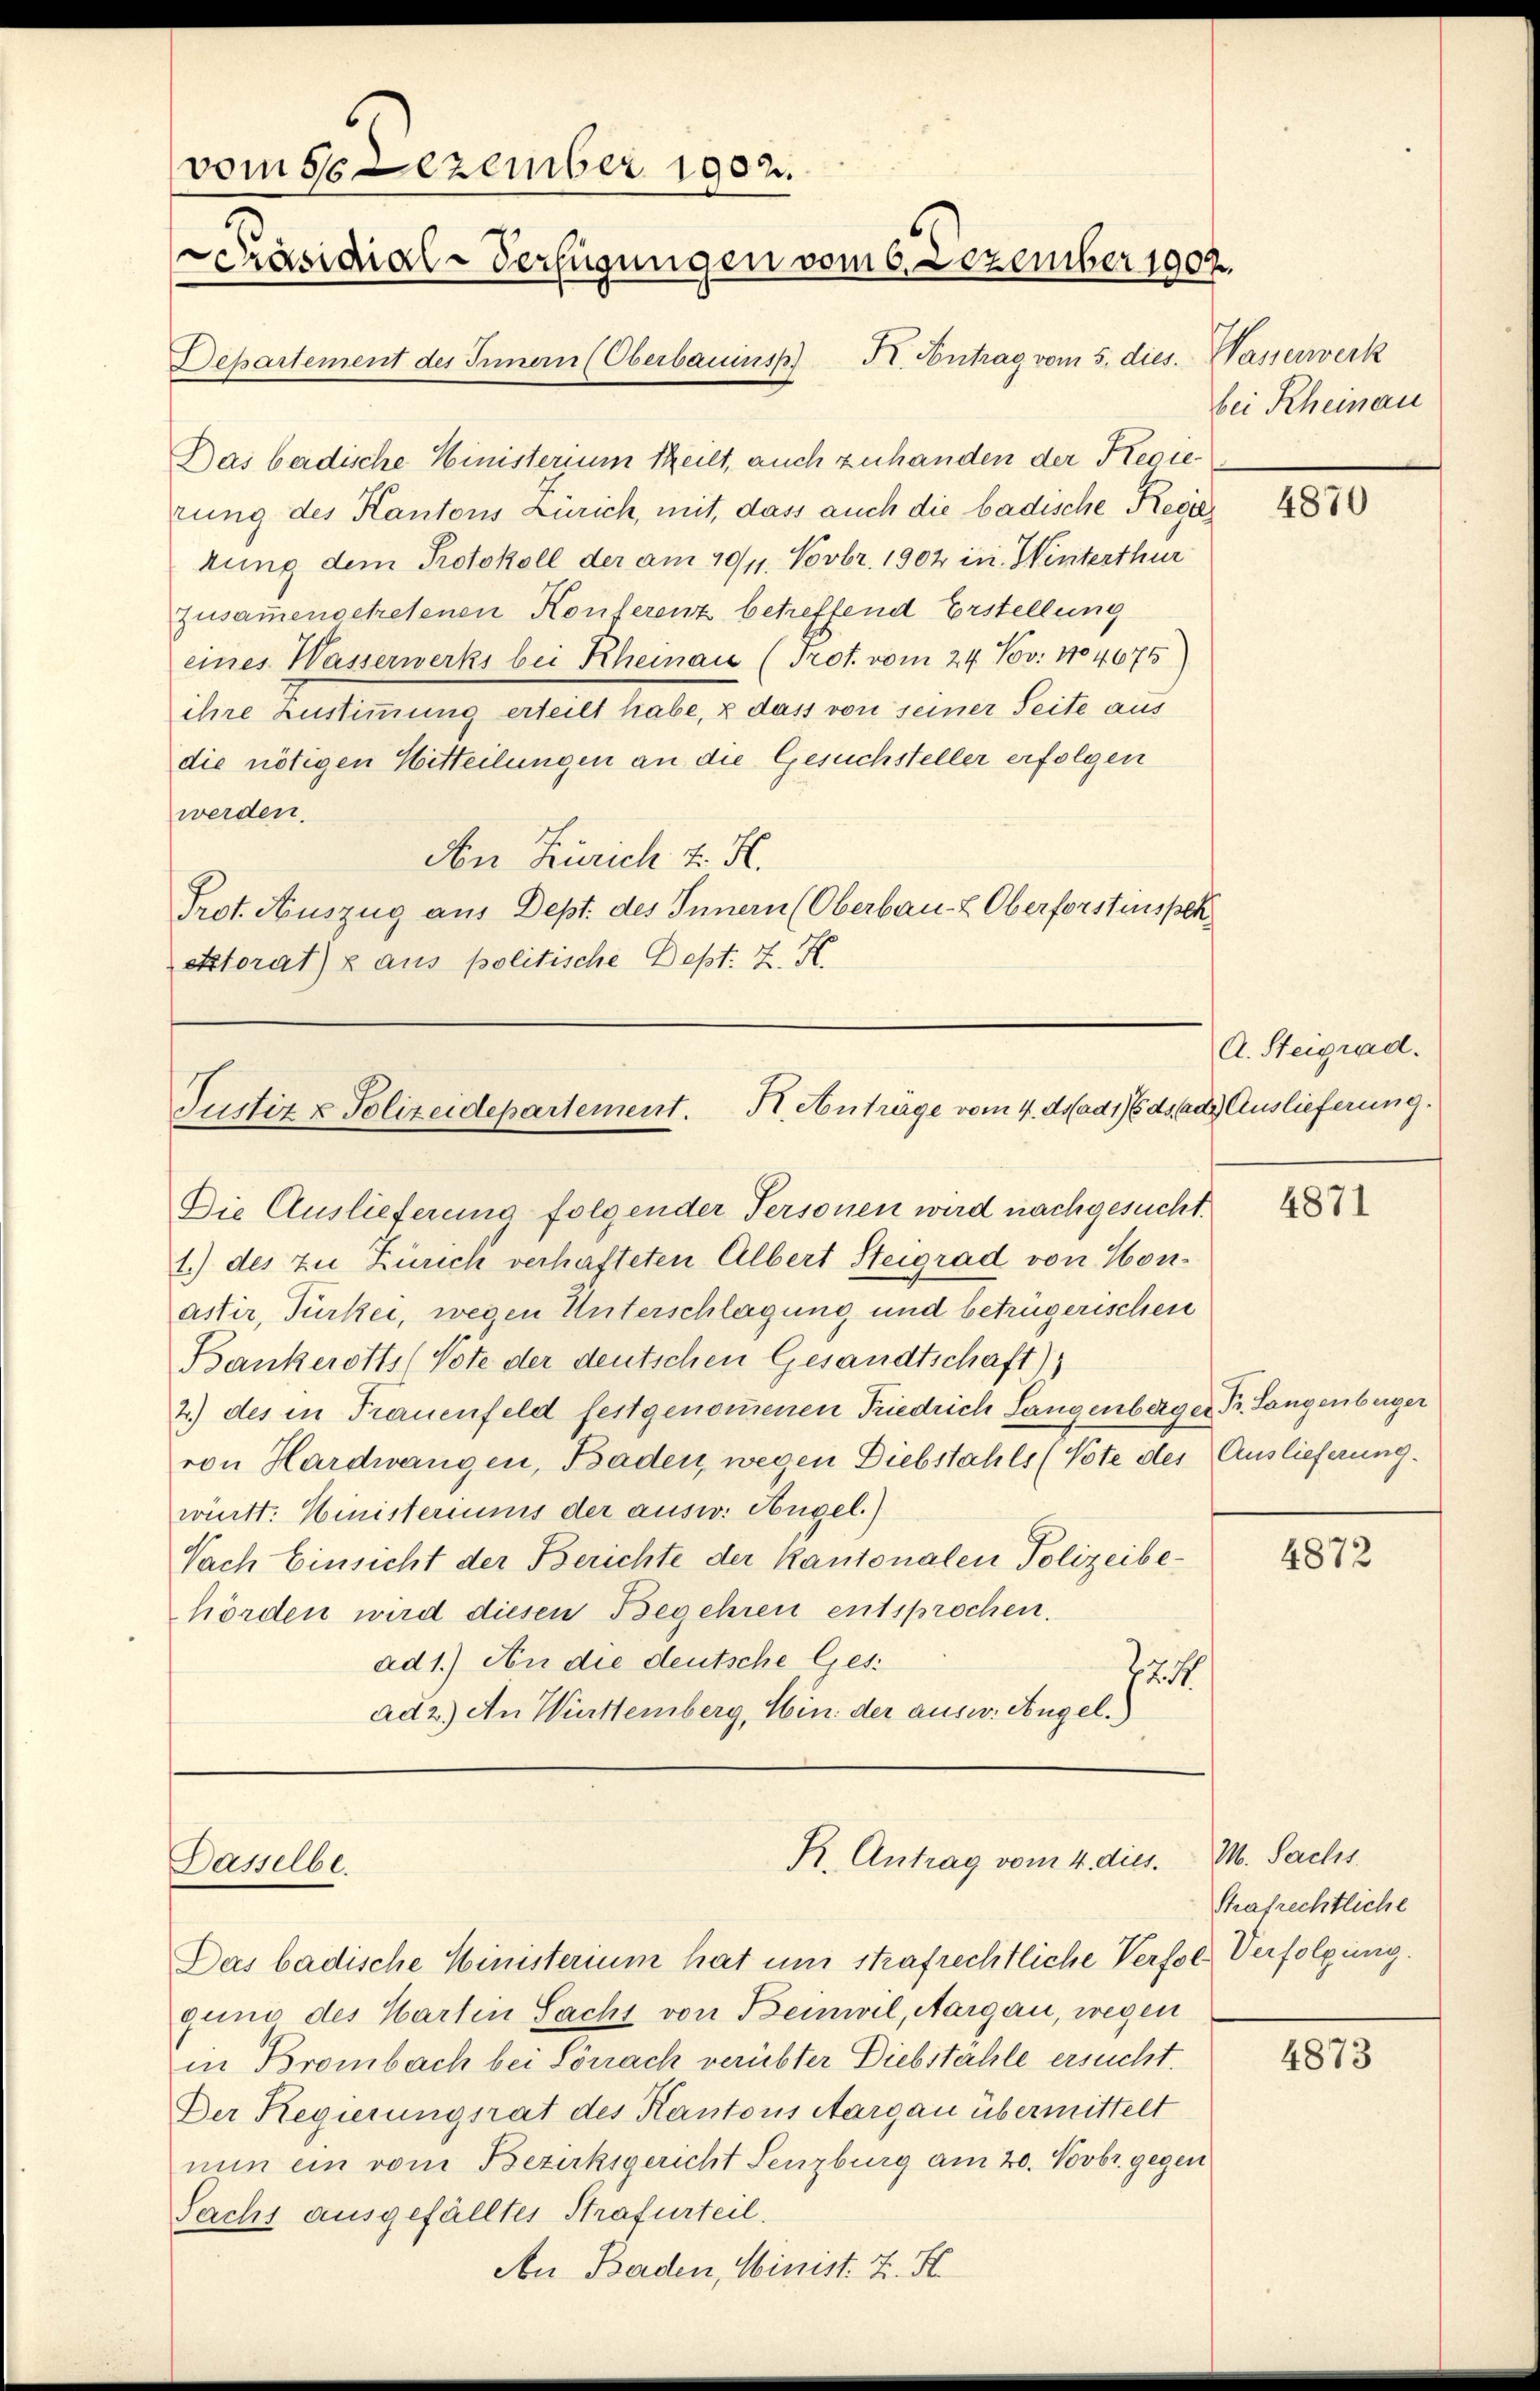
vom 16 Dezember 1902.
Präsidial-Verfügungen vom 6. Dezember 1902.
Departement des Innern (Oberbauinsp. II. Antrag vom 5. dies. Wasserwerk

Das badische Ministerium theilt, auch zuhanden der Regierung des Kantons Zürich, mit, dass auch die badische Regikung dem Protokoll der am 10/11. Novbr. 1902 in Winterthur
zusammengetretenen Konferenz betreffend Erstellung
eines Wasserwerks bei Rheinau (Prot. vom 24. Nov. 1804675)
ihre Zustimmung erteilt habe, & dass von seiner Seite aus
die nötigen Witteilungen an die Gesuchsteller erfolgen
werden.
Aon Zürich v. H.
Prot. Auszug aus Dept. des Innern (Oberbau- & Oberforstinspek
ektorat) z aus politische Dept. Z. K.

Justiz & Polizeidepartement. II. Anträge vom 4. ds ad 16 ds ad Auslieferung.

Dasselbe.

K. Antrag vom 4. dies.

bei Rheinau

Die Auslieferung folgender Personen wird nachgesucht.
1.) des zu Zürich verhafteten Albert Steigrad von Honaster, Türkei, wegen Unterschlagung und betrügerischen
Bankerotts (Vote der deutschen Gesandtschaft)
2.) des in Frauenfeld festgenommenen Friedrich Langenberger, Pr. Langenberger
von Hardwangen, Baden, wegen Diebstahls (Note des Auslieferung.
württ. Ministeriums der ausw. Angel.)
Nach Einsicht der Berichte der Kantonalen Polizeibehörden wird diesen Begehren entsprochen.
ad 1.) An die deutsche Ges.
724
ad 2.) An Württemberg, Hin: der ausw. Angel.

Das badische Ministerium hat um strafrechtliche Verfolg Verfolgung.
guno des Harten Sacht von Beinwil, Aargau, wegen
in Brombach bei Sonach verübter Diebstahle ersucht.
Der Regierungsrat des Kantons Aargau übermittelt
nun ein vom Bezirksgericht Lenzburg am 20. Novbr. gegen
Sachs ausgefälltes Strafurteil.
An Baden, Minist. Z. H.

4870

A. Steigrad.

4871

4872

M. Sachs
Strafrechtliche

4873